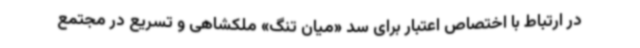
در ارتباط با اختصاص اعتبار برای سد «میان تنگ» ملکشاهی و تسریع در مجتمع